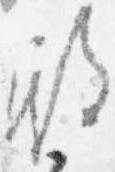
殿